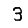
Digit: 3